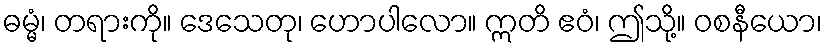
ဓမ္မံ၊ တရားကို။ ဒေသေတု၊ ဟောပါလော။ ဣတိ ဧဝံ၊ ဤသို့။ ဝစနီယော၊